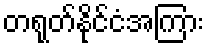
တရုတ်နိုင်ငံအကြား